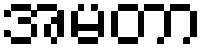
အမတာ